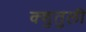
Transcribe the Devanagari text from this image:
क्शुतुली